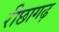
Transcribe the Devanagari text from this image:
रीछागढ़